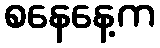
စနေနေ့က